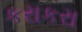
કરાકરા